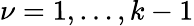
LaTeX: \nu=1,\ldots,k-1